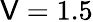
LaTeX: \mathsf{V}=1.5